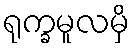
ရုက္ခမူလမှိ